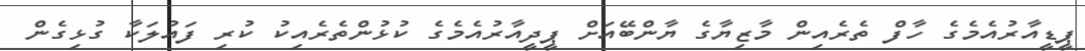
ޕީޑީއާރުއެމެގެ ހާފް ތެރެއިން މާޒިޔާގެ ޔާންބޭއަށް ޕީދީއާރުއެމެގެ ކުޅުންތެރެއިކު ކުރި ފައުލަކާ ގުޅިގެން